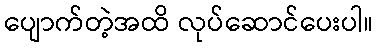
ပျောက်တဲ့အထိ လုပ်ဆောင်ပေးပါ။